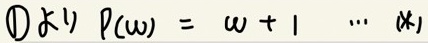
\textcircled{1} 求 \(\rho(\omega)=\omega + 1\)  \(\cdots\)  (\(*\))